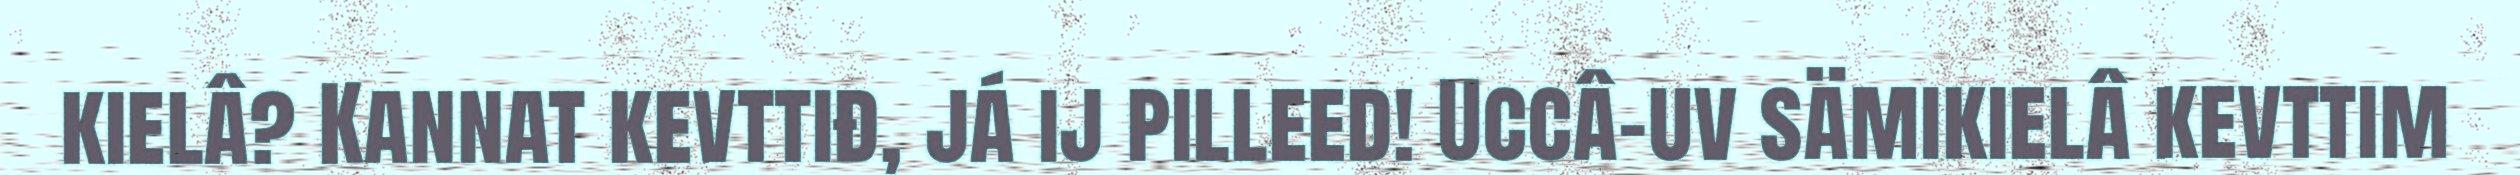
kielâ? Kannat kevttiđ, já ij pilleed! Uccâ-uv sämikielâ kevttim